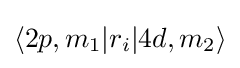
\langle 2p,m_{1}|r_{i}|4d,m_{2}\rangle